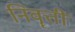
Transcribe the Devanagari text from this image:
निवॄत्ती